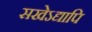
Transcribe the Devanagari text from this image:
सखेऽद्यापि